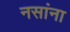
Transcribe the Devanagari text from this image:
नसांना